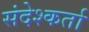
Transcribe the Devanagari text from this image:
संदेश्कर्ता